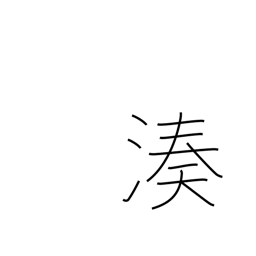
Meaning: port